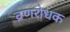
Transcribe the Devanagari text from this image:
व्रणरोधक